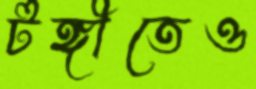
টঙ্গীতেও